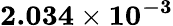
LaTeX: \mathbf{2.034\times 10^{-3}}